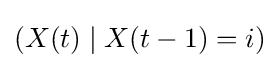
(X(t)\mid X(t-1)=i)